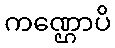
ကဏ္ဌောပိ